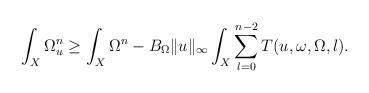
LaTeX: \begin{align*}\int_X \Omega_u^n\geq\int_X \Omega^n - B_\Omega\|u\|_\infty \int_X \sum_{l=0}^{n-2} T(u,\omega,\Omega,l).\end{align*}